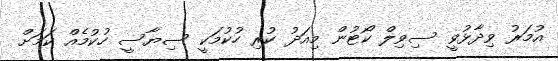
އުމަރު ވިދާޅުވީ ސިވިލް ކޯޓުން މިއަދު ކުރި ހުކުމަކީ ސިޔާސީ ހުކުމެއް ކަމަށް